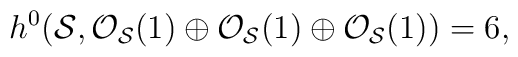
h^0 ({\cal S}, {\cal O}_{{\cal S}}(1) \oplus {\cal O}_{{\cal S}}(1)\oplus {\cal O}_{{\cal S}}(1)) =6,